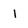
Character: I